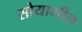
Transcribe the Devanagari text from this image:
सोयामील